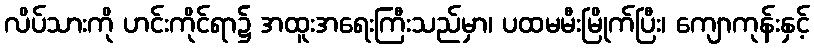
လိပ်သားကို ဟင်းကိုင်ရာ၌ အထူးအရေးကြီးသည်မှာ၊ ပထမမီးမြိုက်ပြီး၊ ကျောကုန်းနှင့်